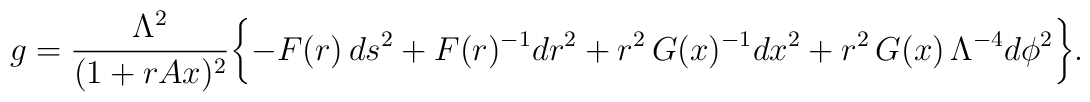
g=\frac{\Lambda^2}{(1+rAx)^2}\biggl\{-F(r)\,ds^2+F(r)^{-1}dr^2+r^2\,G(x)^{-1}dx^2+r^2\,G(x)\,\Lambda^{-4}d\phi^2\biggr\}.